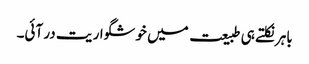
باہر نکلتے ہی طبیعت میں خوشگوار یت در آئی۔